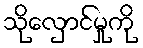
သိုလှောင်မှုကို